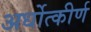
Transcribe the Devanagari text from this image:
अर्धोत्कीर्ण